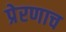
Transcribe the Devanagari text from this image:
प्रेरणाच